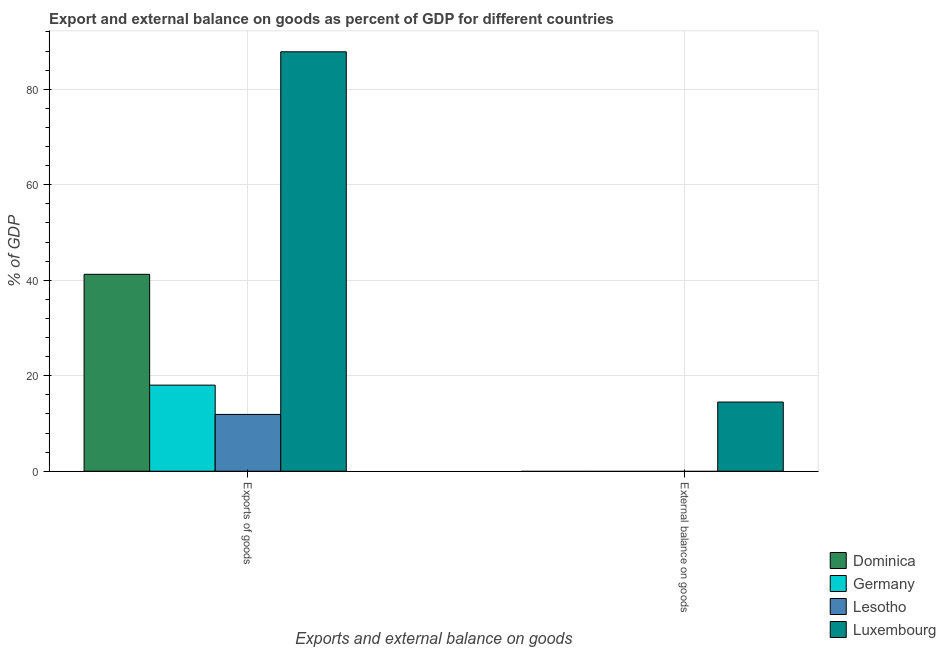
| Exports and external balance on goods | Dominica | Germany | Lesotho | Luxembourg |
 | --- | --- | --- | --- | --- |
 | Exports of goods | 41.2 | 18 | 11.9 | 87.8 |
 | External balance on goods | -19.8 | -2.17 | -101 | 14.5 |